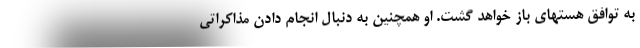
به توافق هستهای باز خواهد گشت. او همچنین به دنبال انجام دادن مذاکراتی